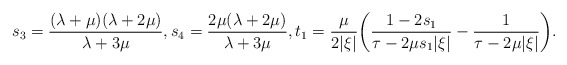
\begin{align*} s_3=\frac{(\lambda+\mu)(\lambda+2\mu)}{\lambda+3\mu}, s_4=\frac{2\mu(\lambda+2\mu)}{\lambda+3\mu}, t_1= \frac{\mu}{2|\xi|}\biggl(\frac{1-2s_1}{\tau-2\mu s_1|\xi|}-\frac{1}{\tau-2\mu|\xi|}\biggr).\end{align*}